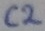
Text: C2